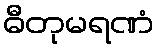
ဓီတုမရဏံ